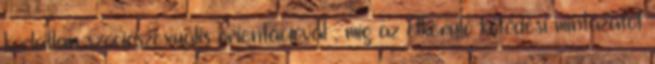
korlátlan szocioszexuális orientációval , míg az elkerülő kötődési mintázatot